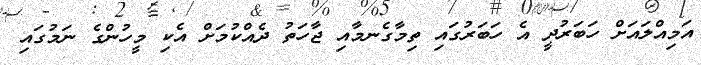
އަމިއްލައަށް ހަބަރުދީ އެ ހަބަރުގައި ތިމާގެނމާއި ޖާހަތު ދެއްކުމަށް އެކި މީހުންގެ ނަމުގައި